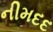
નીમદદ